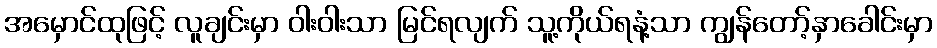
အမှောင်ထုဖြင့် လူချင်းမှာ ဝါးဝါးသာ မြင်ရလျက် သူ့ကိုယ်ရနံ့သာ ကျွန်တော့်နှာခေါင်းမှာ